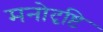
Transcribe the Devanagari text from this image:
मनोदृष्टि